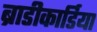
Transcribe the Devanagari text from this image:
ब्राडीकार्डिया